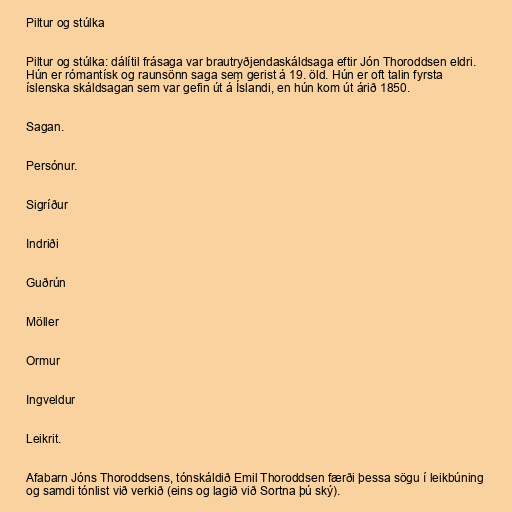
Piltur og stúlka

Piltur og stúlka: dálítil frásaga var brautryðjendaskáldsaga eftir Jón Thoroddsen eldri.
Hún er rómantísk og raunsönn saga sem gerist á 19. öld. Hún er oft talin fyrsta
íslenska skáldsagan sem var gefin út á Íslandi, en hún kom út árið 1850.

Sagan.

Persónur.

Sigríður

Indriði

Guðrún

Möller

Ormur

Ingveldur

Leikrit.

Afabarn Jóns Thoroddsens, tónskáldið Emil Thoroddsen færði þessa sögu í leikbúning
og samdi tónlist við verkið (eins og lagið við Sortna þú ský).